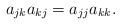
\begin{align*}a_{jk}a_{kj}=a_{jj}a_{kk}. \end{align*}